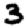
Digit: 3